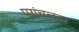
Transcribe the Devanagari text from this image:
प्रांचलता